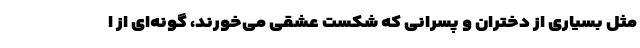
مثل بسیاری از دختران و پسرانی که شکست عشقی می‌خورند، گونه‌ای از ا